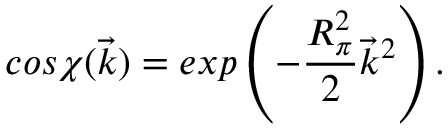
c o s \chi ( \vec { k } ) = e x p \left( - \frac { R _ { \pi } ^ { 2 } } { 2 } \vec { k } ^ { 2 } \right) .